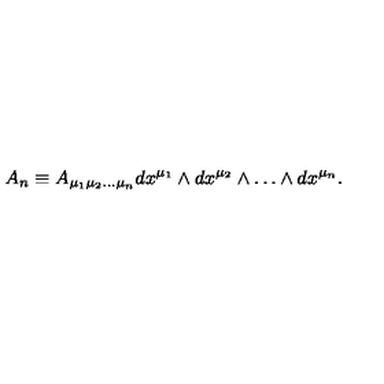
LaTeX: A _ { n } \equiv A _ { \mu _ { 1 } \mu _ { 2 } \ldots \mu _ { n } } d x ^ { \mu _ { 1 } } \wedge d x ^ { \mu _ { 2 } } \wedge \ldots \wedge d x ^ { \mu _ { n } } .